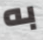
به